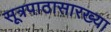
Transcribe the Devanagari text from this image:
सूत्रपाठासारख्या